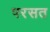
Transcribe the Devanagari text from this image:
परसत